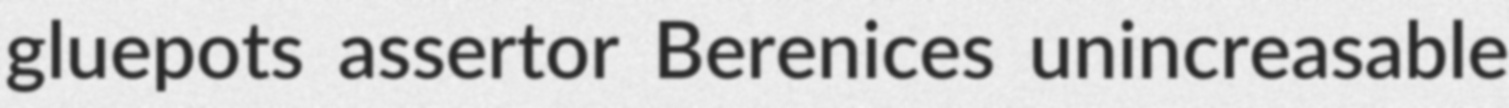
gluepots assertor Berenices unincreasable